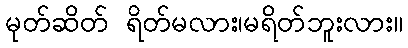
မုတ်ဆိတ် ရိတ်မလား၊မရိတ်ဘူးလား။